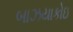
બાઝયાકોઇ